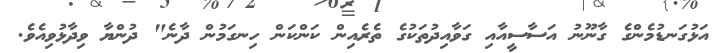
އަޅުގަނޑުމެންގެ ގާނޫނު އަސާސީއާއި ގަވާއިދުތަކުގެ ތެރެއިން ކަންކަން ހިނގަމުން ދާނެ" ދުންޔާ ވިދާޅުވިއެވެ.